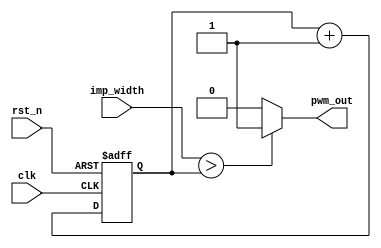
//Simple PWM

module pwm
#(
  parameter PWM_WIDTH=16
)
(
 input                 clk,
 input                 rst_n,
 input [PWM_WIDTH-1:0] imp_width,
 output                pwm_out
 );

   reg [PWM_WIDTH-1:0] cnt;
   
   
   always@(posedge clk or negedge rst_n)
     begin
        if(!rst_n)
          cnt <= {PWM_WIDTH{1'b0}};
        else
          cnt <= cnt + 1'b1;
     end
  
   assign pwm_out = (imp_width > cnt) ? 1'b1 : 1'b0;
   
endmodule // pwm